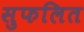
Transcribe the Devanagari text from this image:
सुफलित